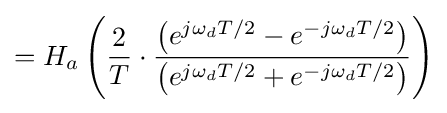
=H_{a}\left({\frac {2}{T}}\cdot {\frac {\left(e^{j\omega _{d}T/2}-e^{-j\omega _{d}T/2}\right)}{\left(e^{j\omega _{d}T/2}+e^{-j\omega _{d}T/2}\right)}}\right)